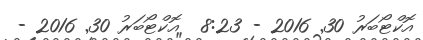
އޮކްޓޯބަރު 30